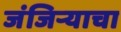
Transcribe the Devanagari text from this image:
जंजिर्‍याचा